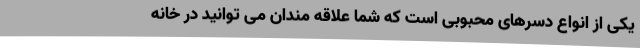
یکی از انواع دسرهای محبوبی است که شما علاقه مندان می توانید در خانه